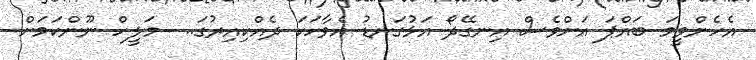
އެހެންވީމަ ބައްޕަ އަށްވެސް އިނގޭދޯ އަޅުގަނޑު އެވާހަކަ ދެއްކިއިރުގަ..  މަލީހް ނޫންކަމަށް